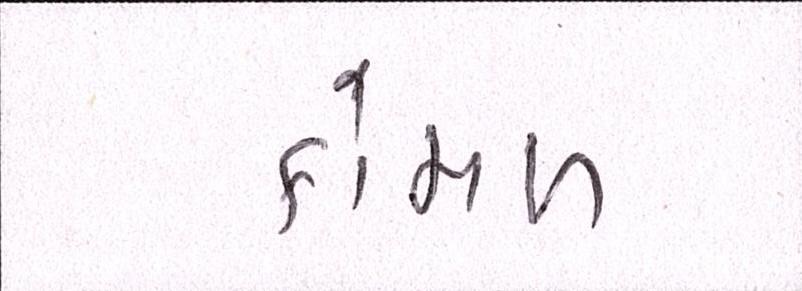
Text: કોમળ